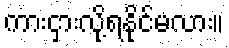
ကားငှားလို့ရနိုင်မလား။